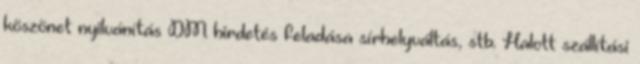
köszönet nyilvánítás DM hirdetés feladása sírhelyváltás, stb. Halott szállítási